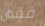
فقدان